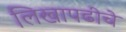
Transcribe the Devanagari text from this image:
लिखापढीचे